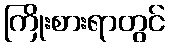
ကြိုးစားရာတွင်